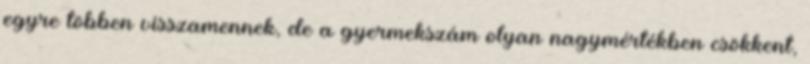
egyre többen visszamennek, de a gyermekszám olyan nagymértékben csökkent,